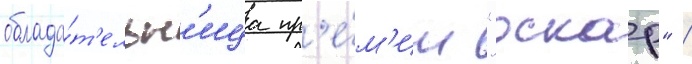
облада́т'ельн'ица пр'е́м'ии "оскар" /